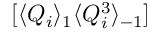
[ \langle Q _ { i } \rangle _ { 1 } \langle Q _ { i } ^ { 3 } \rangle _ { - 1 } ]